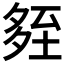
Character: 𡖧